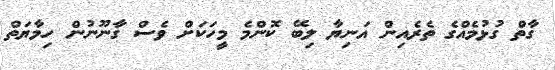
ގާތް ގުޅުމެއްގެ ތެރެއިން އަނިޔާ ލިބޭ ކޮންމެ މީހަކަށް ވެސް ގާނޫނުން ހިމާޔަތް